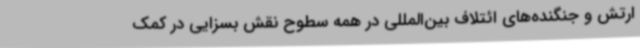
ارتش و جنگنده‌های ائتلاف بین‌المللی در همه سطوح نقش بسزایی در کمک